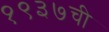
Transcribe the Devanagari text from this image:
१९३७ची